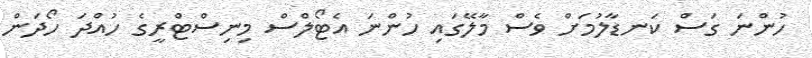
ހުންނަ ގަސް ކަނޑާލުމަށް ވެސް މާލޭގައި ހުންނަ އެޓޯލްސް މިނިސްޓްރީގެ ހުއްދަ ހޯދަން